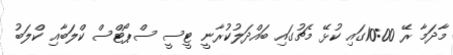
މާދަމާ ރޭ 10:00ގައި ކުޅޭ މެޗުގައި ބައްދަލުކުރާނީ ޓީސީ ސްޕޯޓްސް ކްލަބާއި ކްލަބު